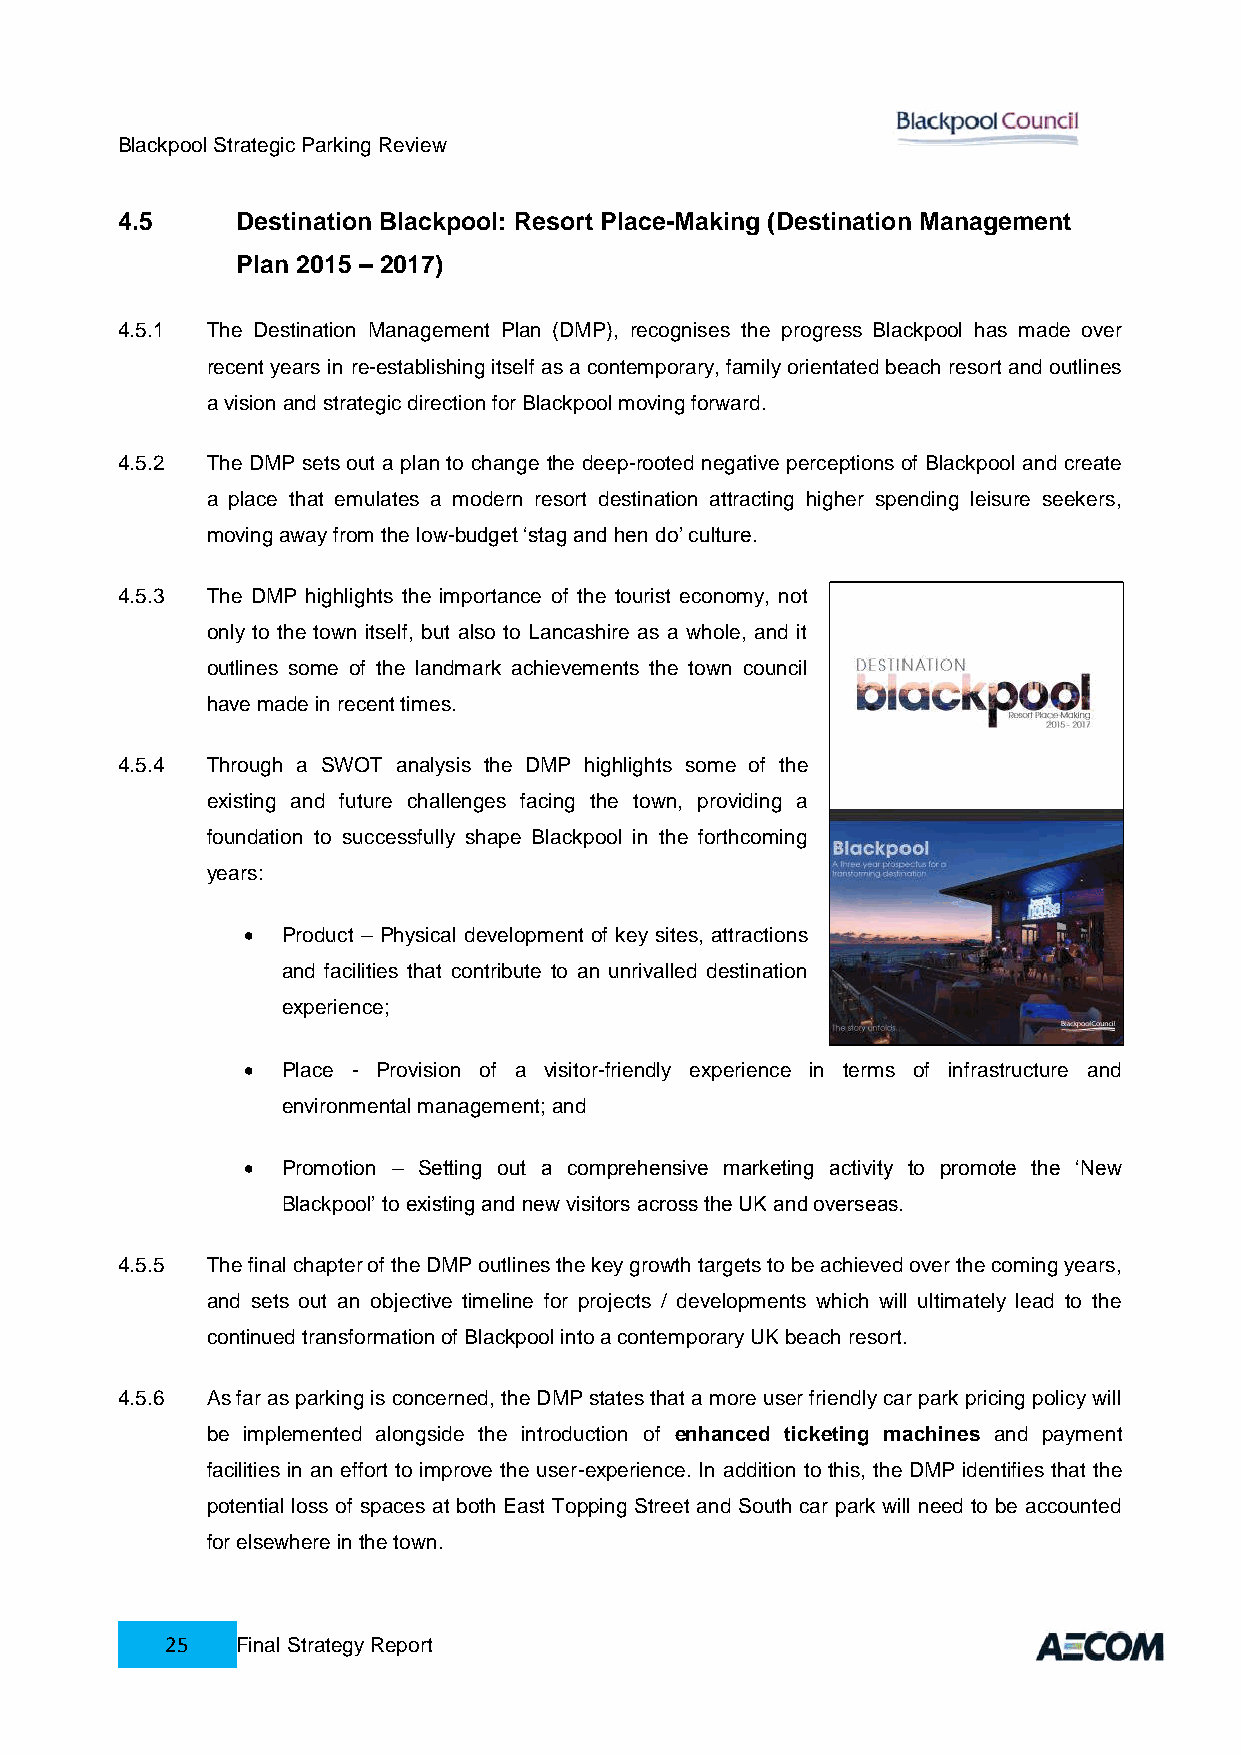
Blackpool Strategic Parking Review
 4.5     Destination Blackpool: Resort Place-Making (Destination Management
 Plan 2015 – 2017)
 4.5.1 The Destination Management Plan (DMP), recognises the progress Blackpool has made over
 recent years in re-establishing itself as a contemporary, family orientated beach resort and outlines
 a vision and strategic direction for Blackpool moving forward.
 4.5.2 The DMP sets out a plan to change the deep-rooted negative perceptions of Blackpool and create
 a place that emulates a modern resort destination attracting higher spending leisure seekers,
 moving away from the low-budget ‘stag and hen do’ culture.
 4.5.3 The DMP highlights the importance of the tourist economy, not
 only to the town itself, but also to Lancashire as a whole, and it
 outlines some of the landmark achievements the town council
 have made in recent times.
 4.5.4 Through a SWOT analysis the DMP highlights some of the
 existing and future challenges facing the town, providing a
 foundation to successfully shape Blackpool in the forthcoming
 years:
   Product – Physical development of key sites, attractions
 and facilities that contribute to an unrivalled destination
 experience;
   Place - Provision of a visitor-friendly experience in terms of infrastructure and
 environmental management; and
   Promotion – Setting out a comprehensive marketing activity to promote the ‘New
 Blackpool’ to existing and new visitors across the UK and overseas.
 4.5.5 The final chapter of the DMP outlines the key growth targets to be achieved over the coming years,
 and sets out an objective timeline for projects / developments which will ultimately lead to the
 continued transformation of Blackpool into a contemporary UK beach resort.
 4.5.6 As far as parking is concerned, the DMP states that a more user friendly car park pricing policy will
 be implemented alongside the introduction of enhanced ticketing machines and payment
 facilities in an effort to improve the user-experience. In addition to this, the DMP identifies that the
 potential loss of spaces at both East Topping Street and South car park will need to be accounted
 for elsewhere in the town.
 25   Final Strategy Report